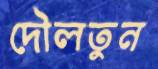
দৌলতুন